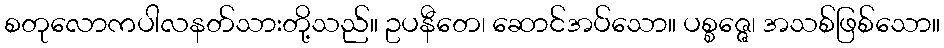
စတုလောကပါလနတ်သားတို့သည်။ ဥပနီတေ၊ ဆောင်အပ်သော။ ပစ္စဇ္ဇေ၊ အသစ်ဖြစ်သော။